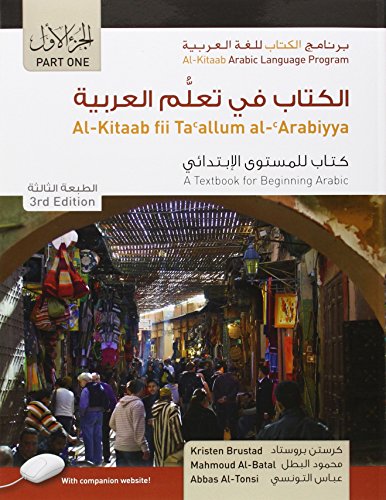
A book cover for Al-Kitaab fii Tacallum al-cArabiyya - A Textbook for Beginning Arabic: Part 1, 3rd Edition (Arabic Edition); Kristen Brustad; Reference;